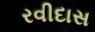
રવીદાસ